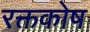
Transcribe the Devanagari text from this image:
रक्तकोष